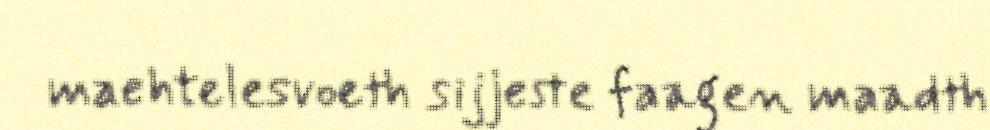
maehtelesvoeth sijjeste faagen maadth